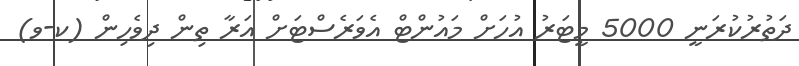
ދަތުރުކުރަނީ 5000 މީޓަރު އުހަށް މައުންޓް އެވަރެސްޓަށް އަރާ ތިން ދިވެހިން (ކ-ވ)